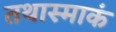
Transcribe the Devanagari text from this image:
तथास्माकं